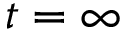
t = \infty